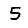
Digit: 5